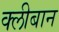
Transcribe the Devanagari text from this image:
क्लीबान